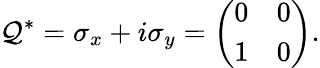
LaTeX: \mathcal{Q}^{*}=\sigma_{x}+i\sigma_{y}={\left(\begin{array}{ll}{0}&{0}\\ {1}&{0}\end{array}\right)}.